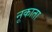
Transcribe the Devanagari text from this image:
नूकाता